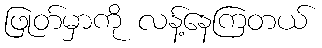
ဖြုတ်မှာကို လန့်နေကြတယ်